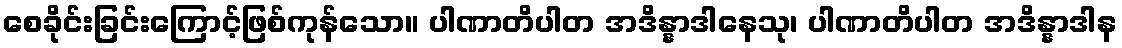
စေခိုင်းခြင်းကြောင့်ဖြစ်ကုန်သော။ ပါဏာတိပါတ အဒိန္နာဒါနေသု၊ ပါဏာတိပါတ အဒိန္နာဒါန